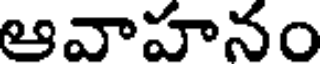
ఆవాహనం